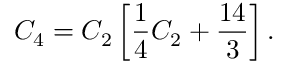
{ \cal C } _ { 4 } = { \cal C } _ { 2 } \left[ \frac { 1 } { 4 } { \cal C } _ { 2 } + \frac { 1 4 } { 3 } \right] .